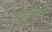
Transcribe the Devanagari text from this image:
शाहरूखने